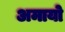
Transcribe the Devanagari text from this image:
अमायो